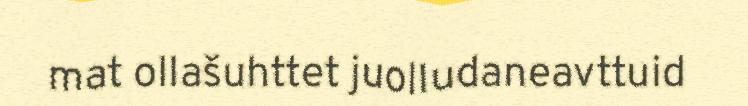
mat ollašuhttet juolludaneavttuid